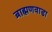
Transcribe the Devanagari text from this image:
ब्राह्मणवाडा